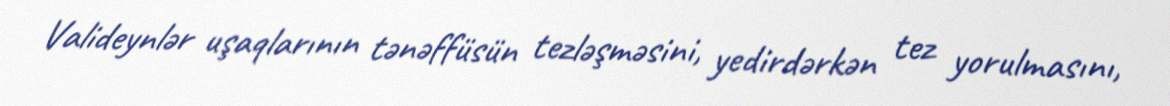
Valideynlər uşaqlarının tənəffüsün tezləşməsini, yedirdərkən tez yorulmasını,